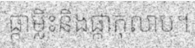
ផ្កាម្លិះនិងផ្កាកុលាប។